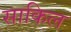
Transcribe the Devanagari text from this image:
साकिल